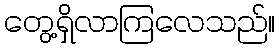
တွေ့ရှိလာကြလေသည်။